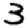
Digit: 3